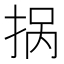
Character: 𱟽